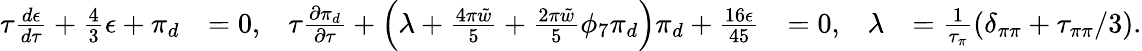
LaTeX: \begin{array}{rlrlrl}{\tau\frac{d\epsilon}{d\tau}+\frac{4}{3}\epsilon+\pi_{d}}&{=0,}&{\tau\frac{\partial\pi_{d}}{\partial\tau}+\left(\lambda+\frac{4\pi\tilde{w}}{5}+\frac{2\pi\tilde{w}}{5}\phi_{7}\pi_{d}\right)\pi_{d}+\frac{16\epsilon}{45}}&{=0,}&{\lambda}&{=\frac{1}{\tau_{\pi}}(\delta_{\pi\pi}+\tau_{\pi\pi}/3).}\end{array}